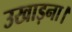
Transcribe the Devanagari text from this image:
उखाड़ना।